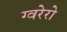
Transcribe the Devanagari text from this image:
ग्वरेरो